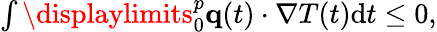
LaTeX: \begin{array}{r}{\int\displaylimits_{0}^{p}\mathbf q(t)\cdot\nabla T(t)\textrm{d}t\leq 0,}\end{array}